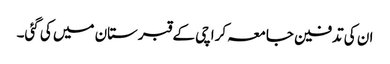
ان کی تدفین جامعہ کراچی کے قبرستان میں کی گئی۔